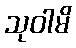
သုဝါမိ